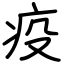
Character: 疫